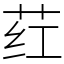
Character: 荭